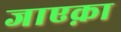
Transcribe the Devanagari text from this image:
जाएक़ा